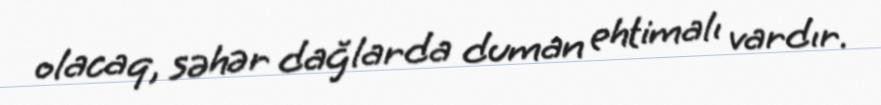
olacaq, səhər dağlarda duman ehtimalı vardır.